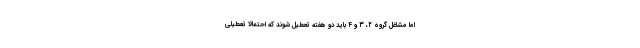
اما مشاغل گروه ۲، ۳ و ۴ باید دو هفته تعطیل شوند که احتمالاً تعطیلی